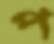
প